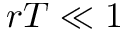
r T \ll 1